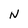
Character: N